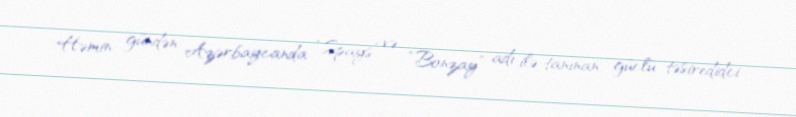
Həmin gündən Azərbaycanda “Spays” və “Bonzay” adı ilə tanınan güclü təsiredidci